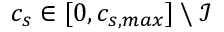
c _ { s } \in [ 0 , c _ { s , m a x } ] \: \backslash \: { \mathcal { I } }